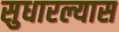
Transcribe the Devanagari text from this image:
सुधारल्यास